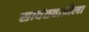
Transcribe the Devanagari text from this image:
सावंतवाडीला